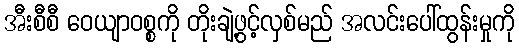
အီးစီစီ ဝေယျာဝစ္စကို တိုးချဲ့ဖွင့်လှစ်မည် အလင်းပေါ်ထွန်းမှုကို